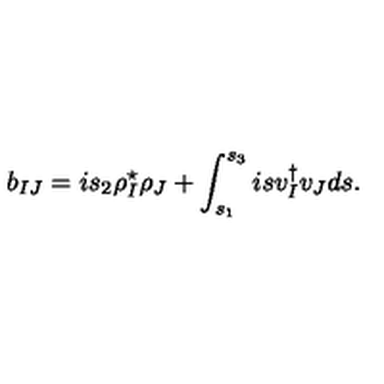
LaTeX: b _ { I J } = i s _ { 2 } \rho _ { I } ^ { \star } \rho _ { J } + \int _ { s _ { 1 } } ^ { s _ { 3 } } i s v _ { I } ^ { \dagger } v _ { J } d s .